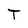
Character: T